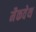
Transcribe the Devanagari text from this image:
मैकवेथ